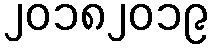
၂၀၁၈၂၀၁၉